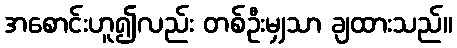
အစောင်းဟူ၍လည်း တစ်ဦးမျှသာ ချထားသည်။